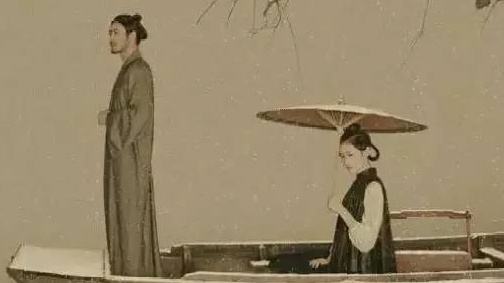
甚时跃马归来，认得迎门轻笑。